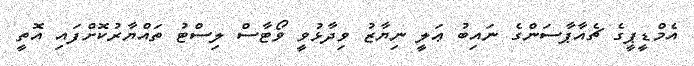
އެމްޑީޕީގެ ޗެއާޕާސަންގެ ނައިބު ޢަލީ ނިޔާޒު ވިދާޅުވީ ވޯޓާސް ލިސްޓު ތައްޔާރުކޮށްފައި އޮތީ